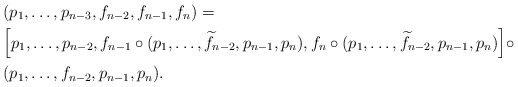
\begin{align*}& (p_{1},\ldots,p_{n-3},f_{n-2},f_{n-1},f_{n}) = \\& \Big[p_{1},\ldots,p_{n-2},f_{n-1}\circ (p_{1},\ldots,\widetilde{f}_{n-2},p_{n-1},p_{n}),f_{n}\circ (p_{1},\ldots,\widetilde{f}_{n-2},p_{n-1},p_{n}) \Big] \circ \\& (p_{1},\ldots,f_{n-2},p_{n-1},p_{n}).\end{align*}